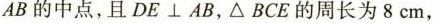
AB的中点，且DE⊥AB，△BCE的周长为8cm，